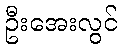
ဦးအေးလွင်